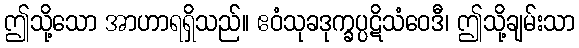
ဤသို့သော အာဟာရရှိသည်။ ဧဝံသုခဒုက္ခပ္ပဋိသံဝေဒီ၊ ဤသို့ချမ်းသာ